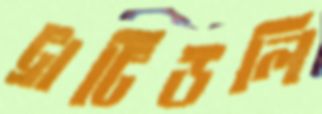
ট্রাটিউলি